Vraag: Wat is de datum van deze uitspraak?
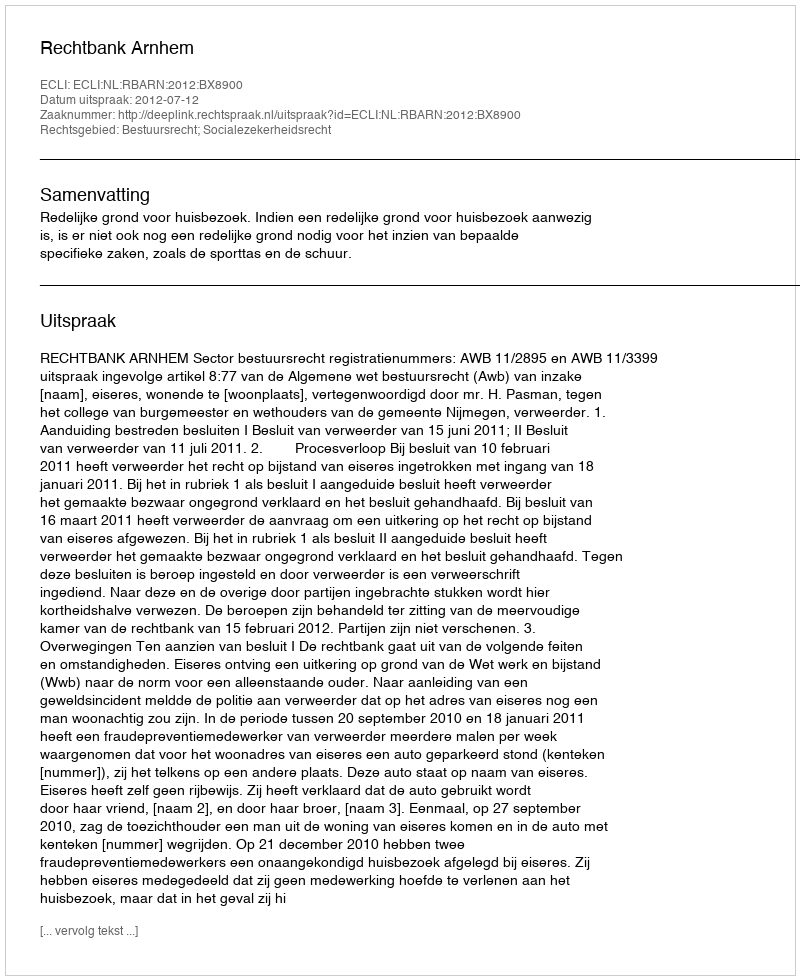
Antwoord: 2012-07-12